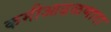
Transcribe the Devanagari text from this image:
कमीआढळणारा